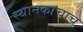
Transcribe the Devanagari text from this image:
स्थानकाचाच